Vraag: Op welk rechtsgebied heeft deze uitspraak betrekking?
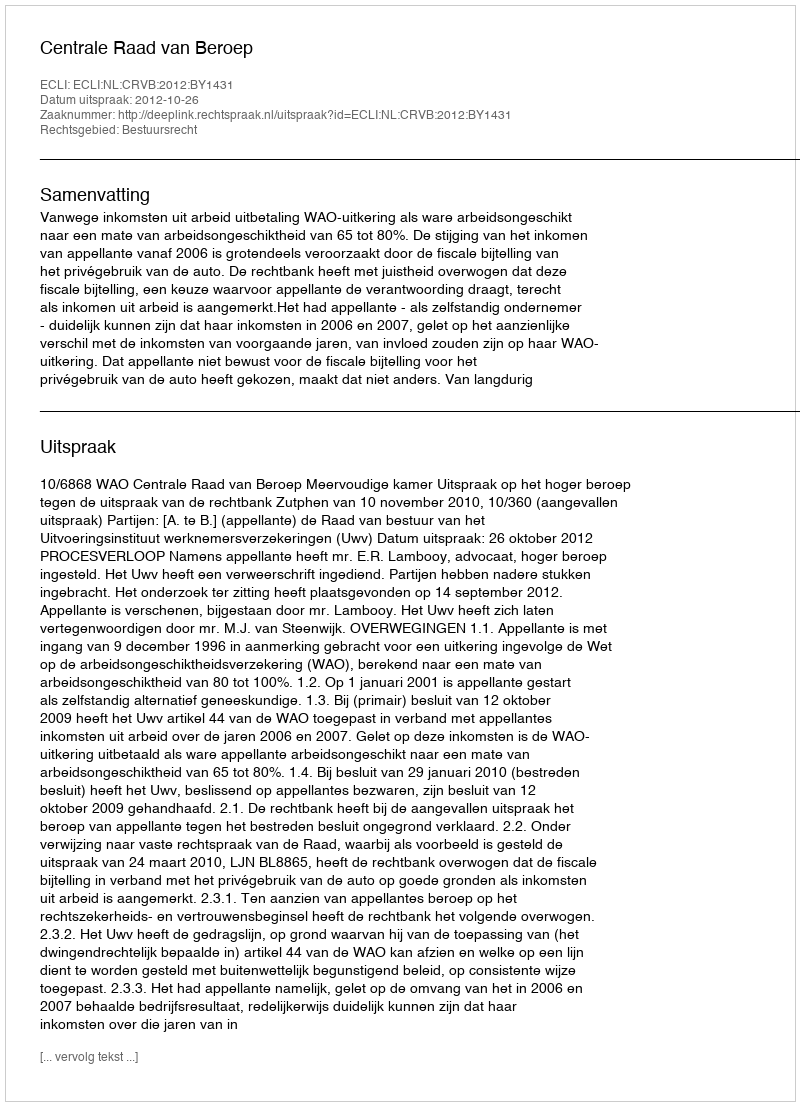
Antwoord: Bestuursrecht